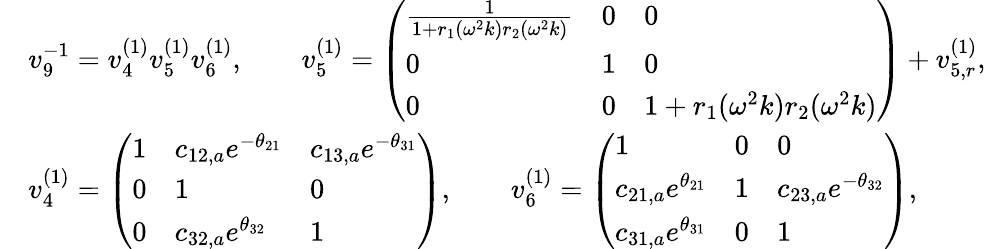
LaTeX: \begin{array}{rl}&{v_{9}^{-1}=v_{4}^{(1)}v_{5}^{(1)}v_{6}^{(1)},\qquad v_{5}^{(1)}=\left(\begin{array}{lll}{\frac{1}{1+r_{1}(\omega^{2}k)r_{2}(\omega^{2}k)}}&{0}&{0}\\ {0}&{1}&{0}\\ {0}&{0}&{1+r_{1}(\omega^{2}k)r_{2}(\omega^{2}k)}\end{array}\right)+v_{5,r}^{(1)},}\\ &{v_{4}^{(1)}=\left(\begin{array}{lll}{1}&{c_{12,a}e^{-\theta_{21}}}&{c_{13,a}e^{-\theta_{31}}}\\ {0}&{1}&{0}\\ {0}&{c_{32,a}e^{\theta_{32}}}&{1}\end{array}\right),\qquad v_{6}^{(1)}=\left(\begin{array}{lll}{1}&{0}&{0}\\ {c_{21,a}e^{\theta_{21}}}&{1}&{c_{23,a}e^{-\theta_{32}}}\\ {c_{31,a}e^{\theta_{31}}}&{0}&{1}\end{array}\right),}\end{array}